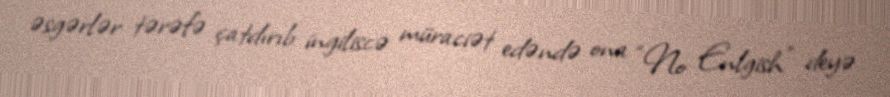
əsgərlər tərəfə çatdırıb ingiliscə müraciət edəndə ona “No Enlgish” deyə